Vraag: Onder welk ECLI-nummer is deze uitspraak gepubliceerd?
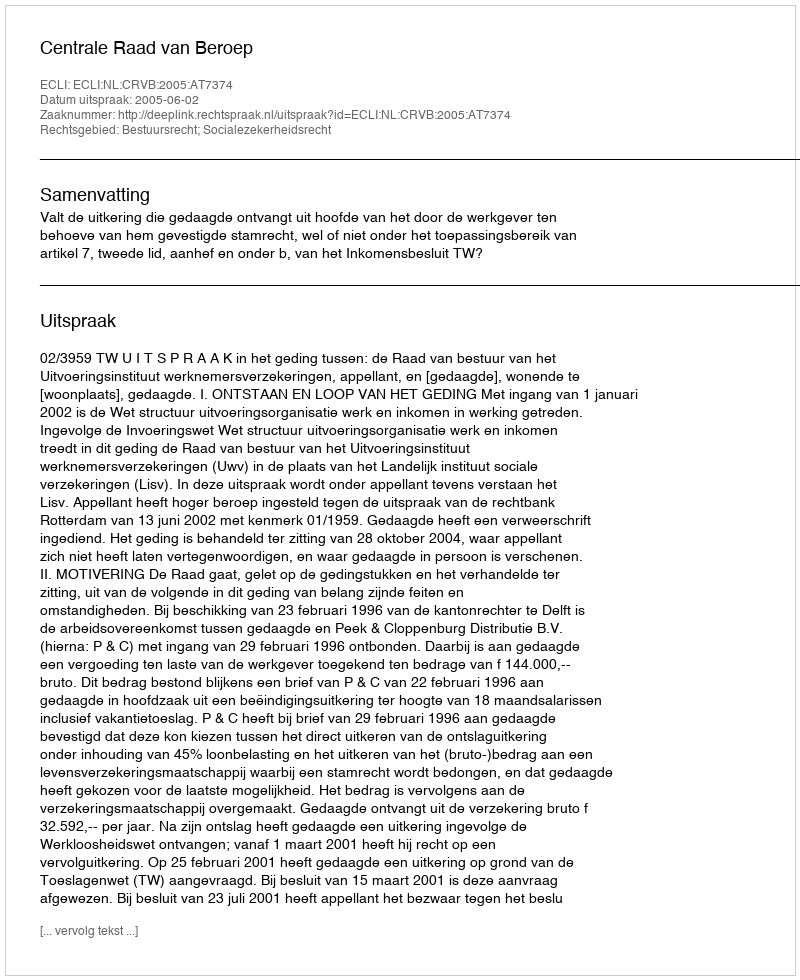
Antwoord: ECLI:NL:CRVB:2005:AT7374